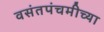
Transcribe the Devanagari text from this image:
वसंतपंचमीच्या